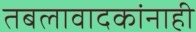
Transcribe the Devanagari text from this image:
तबलावादकांनाही